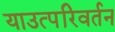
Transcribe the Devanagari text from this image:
याउत्परिवर्तन